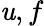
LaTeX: \mathit{u},f